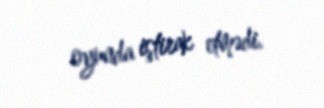
oyunda iştirak etmədi.